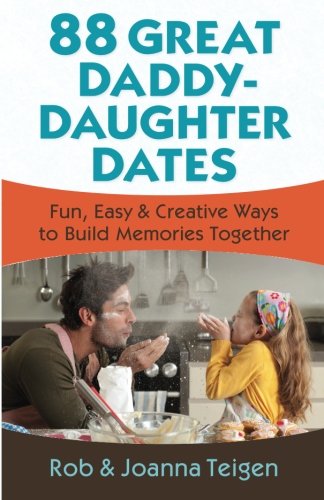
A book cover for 88 Great Daddy-Daughter Dates: Fun, Easy & Creative Ways to Build Memories Together; Rob Teigen; Parenting & Relationships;